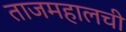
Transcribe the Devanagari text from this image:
ताजमहालची